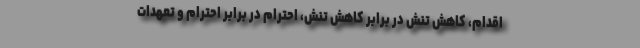
اقدام، کاهش تنش در برابر کاهش تنش، احترام در برابر احترام و تعهدات